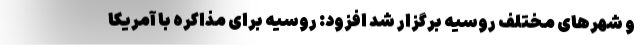
و شهرهای مختلف روسیه برگزار شد افزود: روسیه برای مذاکره با آمریکا